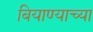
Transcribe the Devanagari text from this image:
बियाण्याच्या